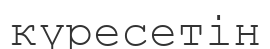
күресетін